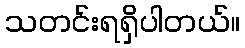
သတင်းရရှိပါတယ်။